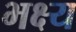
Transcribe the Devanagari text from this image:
भक्ष्‍य